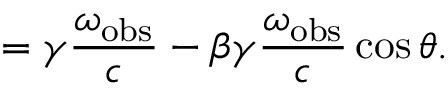
\quad = \gamma { \frac { \omega _ { \mathrm { o b s } } } { c } } - \beta \gamma { \frac { \omega _ { \mathrm { o b s } } } { c } } \cos \theta .